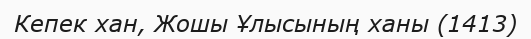
Кепек хан, Жошы Ұлысының ханы (1413)